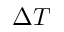
\Delta T